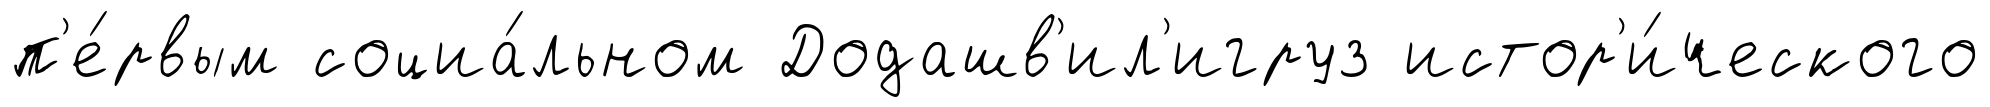
п'е́рвым социа́льном Додашв'ил'игруз истор'и́ческого